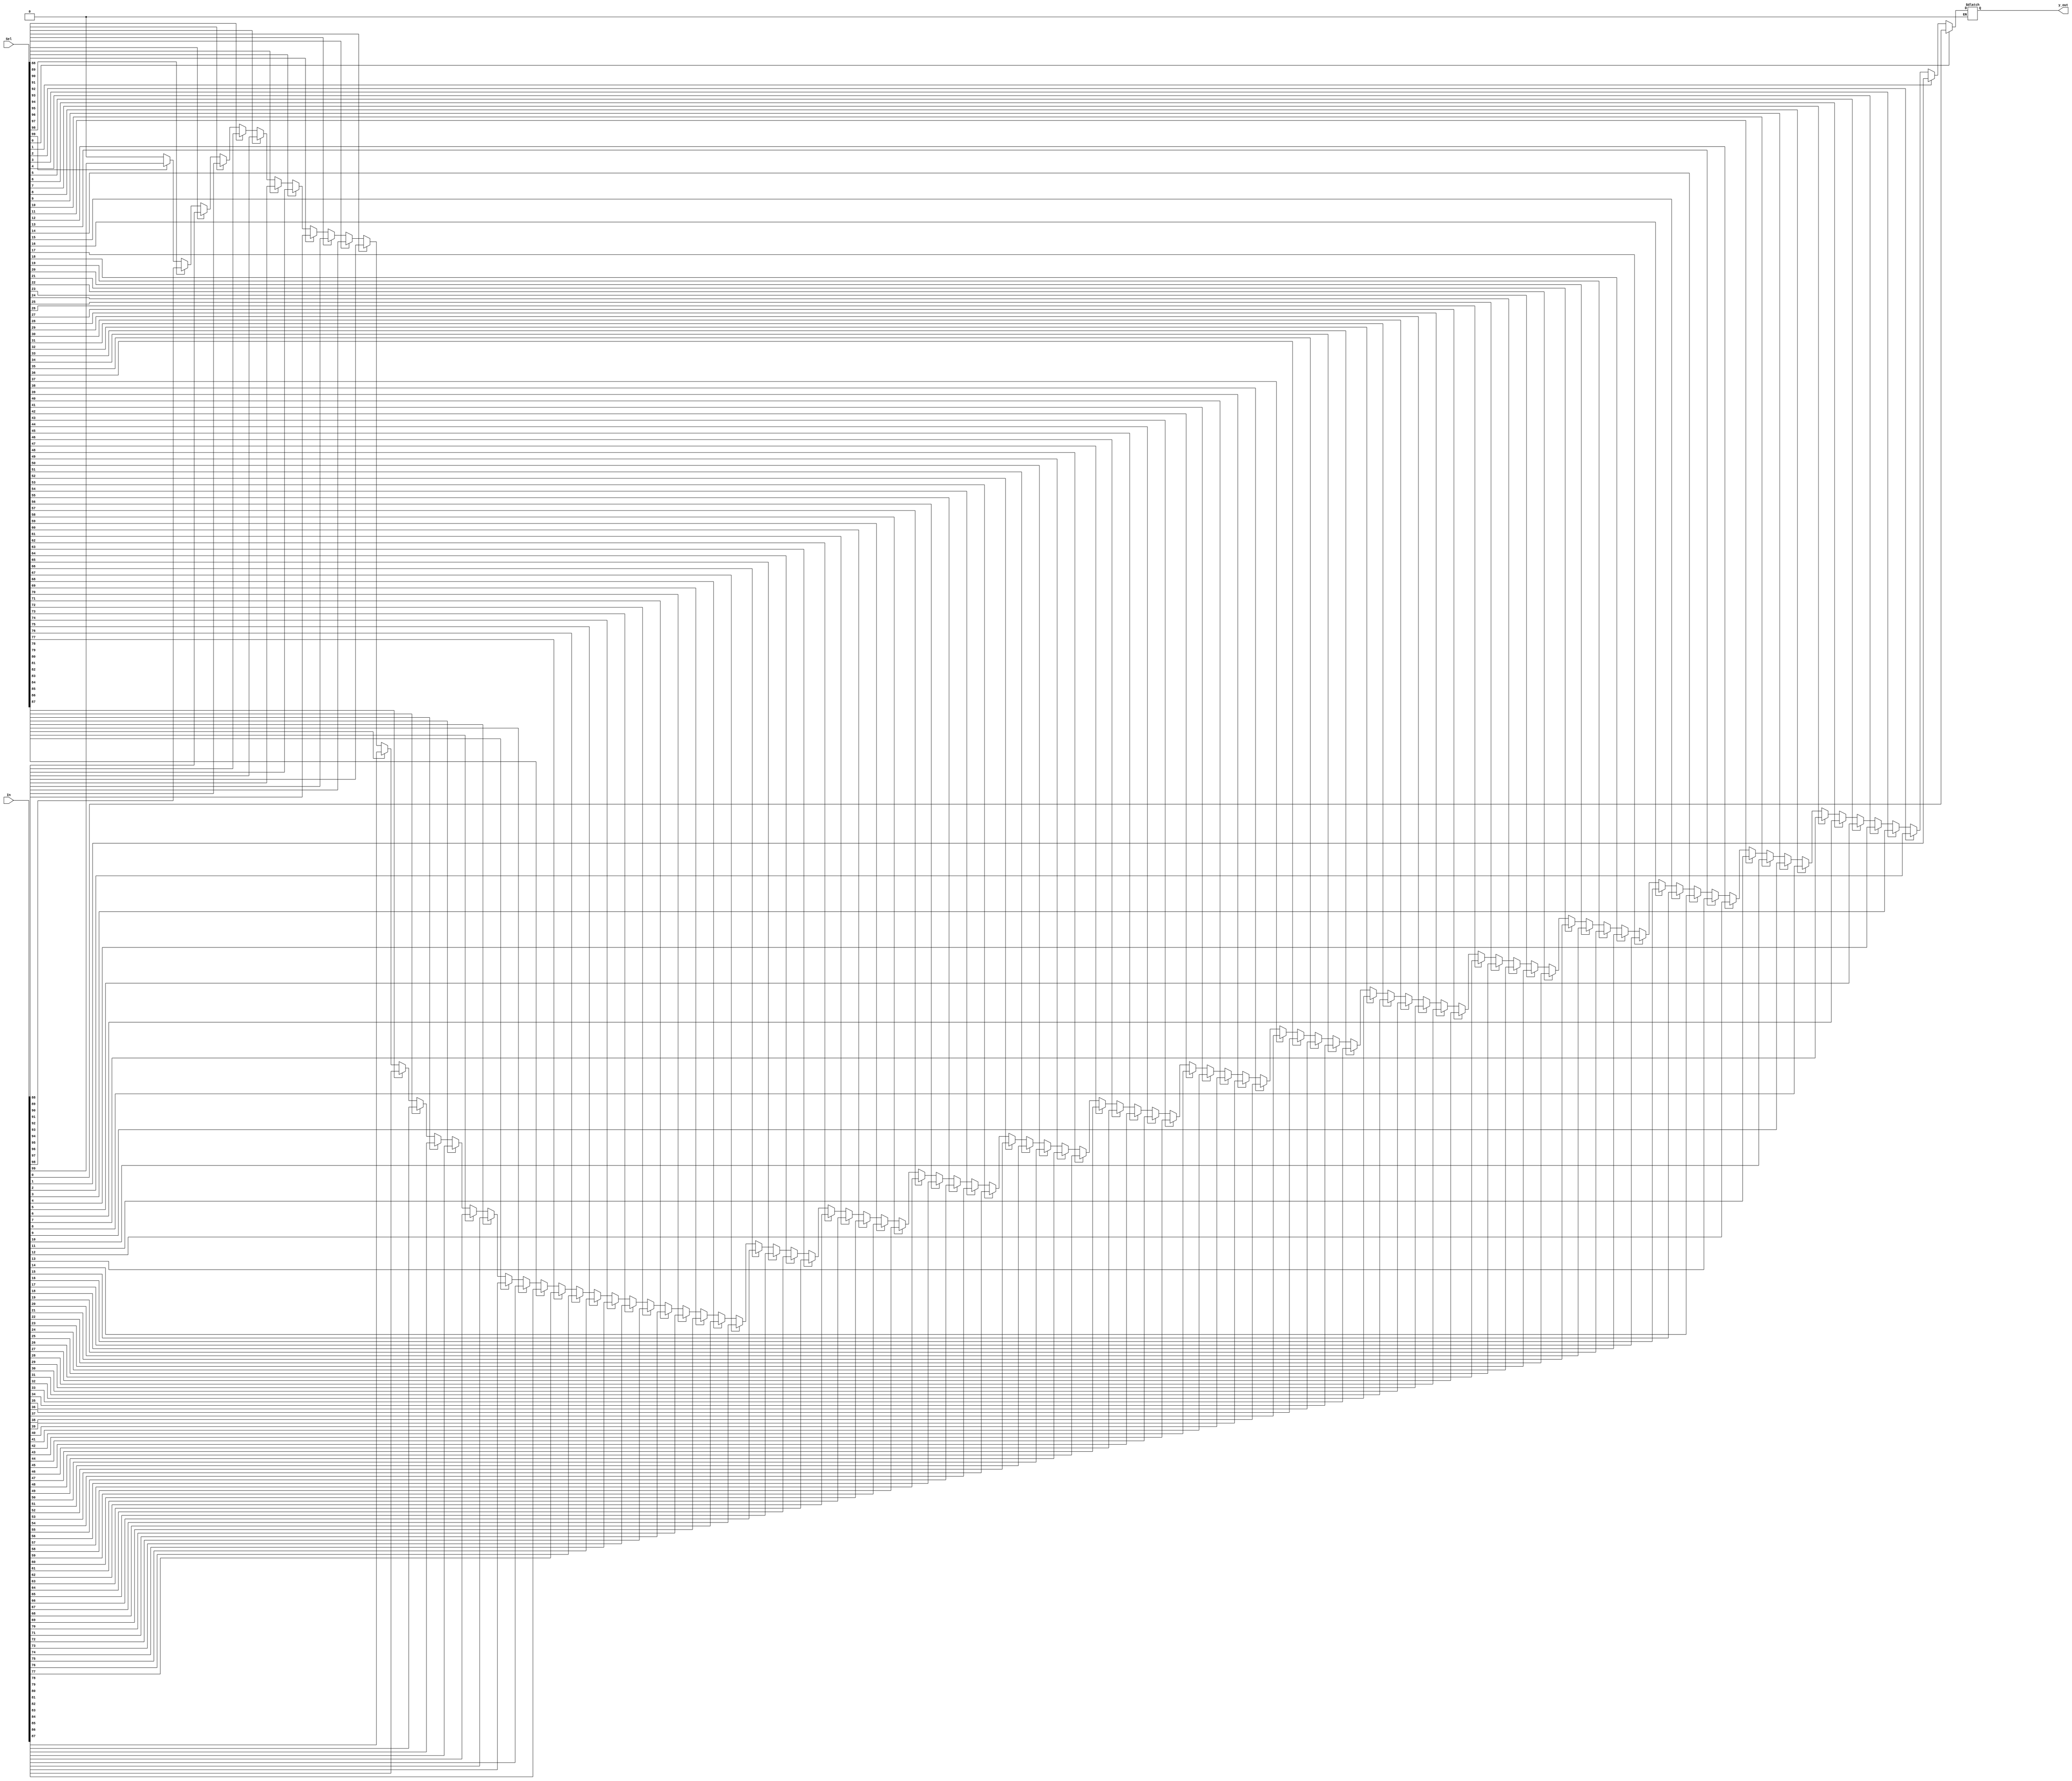
module series_mux(In,Sel,y_out);
input [99:0]In;
input [99:0]Sel;
output y_out;
reg [99:0]temp ;
integer i;
always@(i or Sel)
begin
if(Sel[99]==1)
begin
temp[99] = In[99];
end
else if ((Sel[99]==0))
begin
temp[99] = 0;
end
for (i=99 ; i > 0 ; i=i-1)
begin
if(Sel[i-1]==1)
temp[i-1] = In[i-1];
else if ((Sel[i-1]==0))
temp[i-1] = temp[i];
end
end
assign y_out = temp[0];
endmodule